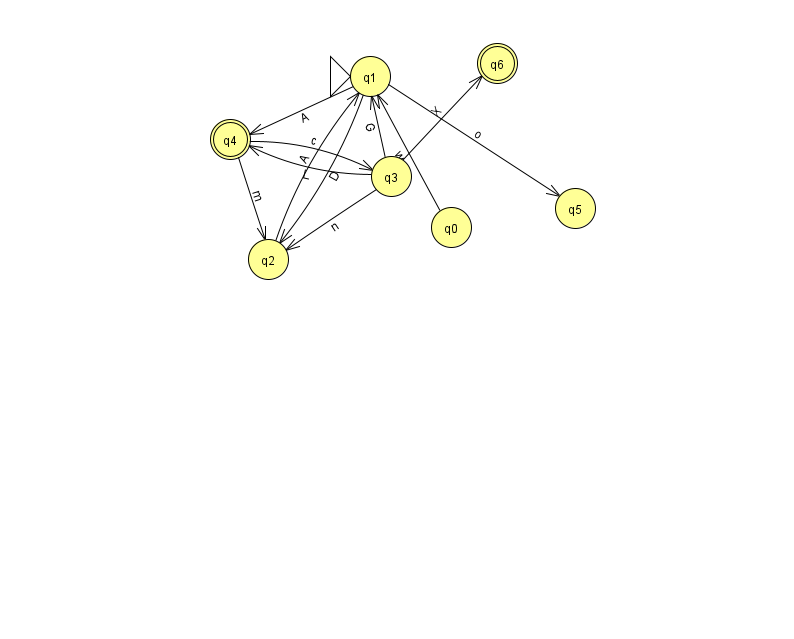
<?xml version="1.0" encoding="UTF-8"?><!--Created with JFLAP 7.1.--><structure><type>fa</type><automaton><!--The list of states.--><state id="0" name="q0"><x>451.0</x><y>214.0</y></state><state id="1" name="q1"><x>370.0</x><y>63.0</y><initial/></state><state id="2" name="q2"><x>268.0</x><y>246.0</y></state><state id="3" name="q3"><x>391.0</x><y>163.0</y></state><state id="4" name="q4"><x>230.0</x><y>126.0</y><final/></state><state id="5" name="q5"><x>575.0</x><y>195.0</y></state><state id="6" name="q6"><x>497.0</x><y>50.0</y><final/></state><!--The list of transitions.--><transition><from>4</from><to>3</to><read>c</read></transition><transition><from>1</from><to>4</to><read>A</read></transition><transition><from>3</from><to>2</to><read>n</read></transition><transition><from>4</from><to>2</to><read>m</read></transition><transition><from>3</from><to>1</to><read>G</read></transition><transition><from>1</from><to>5</to><read>o</read></transition><transition><from>2</from><to>1</to><read>A</read></transition><transition><from>3</from><to>6</to><read>X</read></transition><transition><from>3</from><to>4</to><read>L</read></transition><transition><from>0</from><to>1</to><read>w</read></transition><transition><from>1</from><to>2</to><read>D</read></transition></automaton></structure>